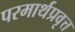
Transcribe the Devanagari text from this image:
परमार्थप्रवृत्त